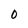
Character: 0